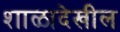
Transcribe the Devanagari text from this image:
शाळादेखील